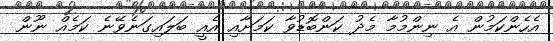
އެހެންކަމުން އެ ނިންމުމާ މެދު ކަންބޮޑުވާ ކަމަށާއި އެއީ ބަލައިގަނެވޭނެ ކަމެއް ނޫން